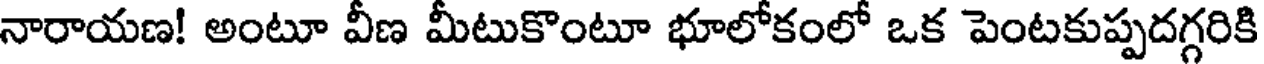
నారాయణ! అంటూ వీణ మీటుకొంటూ భూలోకంలో ఒక పెంటకుప్పదగ్గరికి